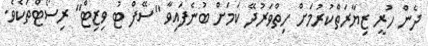
ދެން ހުރީ ޒިޔާރަތްކުރުމަށް ހިތްވަރުދޭ ކަމަށް ބުނެފައިވާ "ސޭފް ޓު ވިޒިޓް" ރިސޯޓްތަކެވެ.